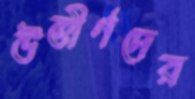
উত্তীর্ণদের